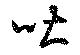
吐